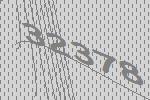
32378